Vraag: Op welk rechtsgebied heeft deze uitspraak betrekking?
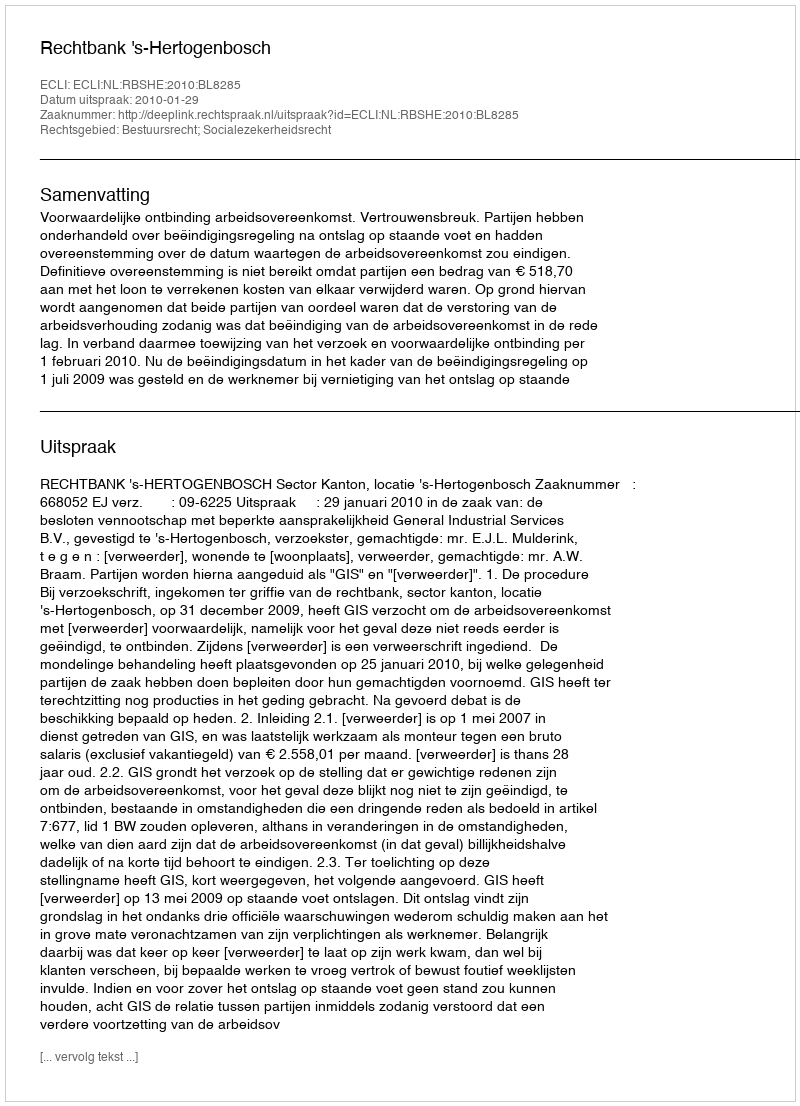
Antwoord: Bestuursrecht; Socialezekerheidsrecht